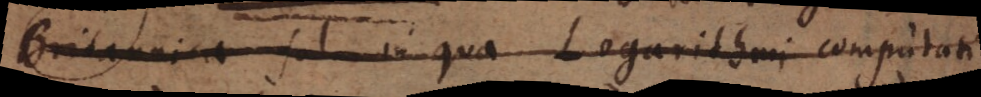
Britannica fol. in qua Logarithmi computati